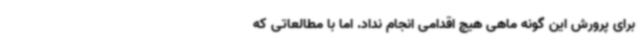
برای پرورش این گونه ماهی هیچ اقدامی انجام نداد. اما با مطالعاتی که